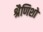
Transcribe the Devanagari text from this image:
श्रैणिशो